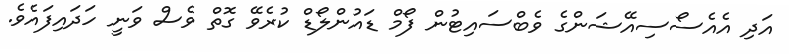
އަދި އެއެސޯސިއޭޝަންގެ ވެބްސައިޓުން ފޯމް ޑައުންލޯޑް ކުރެވޭ ގޮތް ވެސް ވަނީ ހަދައިފައެވެ.